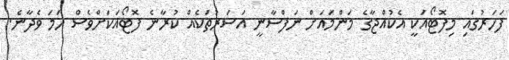
ފަހަރުގައި މިފޮޓޯއަކީ އެކުއްޖާގެ މަންމައަށް ނަފްސާނީ އަސަރުތަކެއް ކުރާނެ ފޮޓޯއަކަށްވެސް ހަމަ ވެދާނެ.